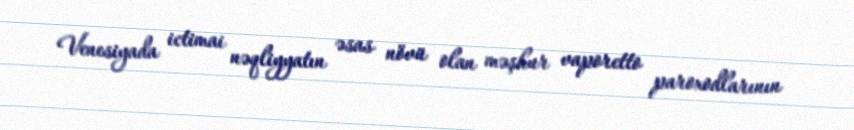
Venesiyada ictimai nəqliyyatın əsas növü olan məşhur vaporetto paroxodlarının